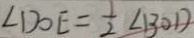
\angle D O E = \frac { 1 } { 2 } \angle B O D